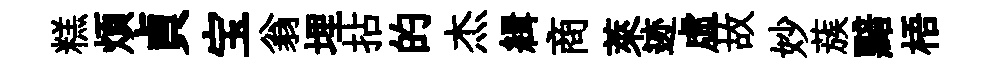
糕煩貞宝翁埋拈的杰緝商萊迹虚故妙蔟黯梧